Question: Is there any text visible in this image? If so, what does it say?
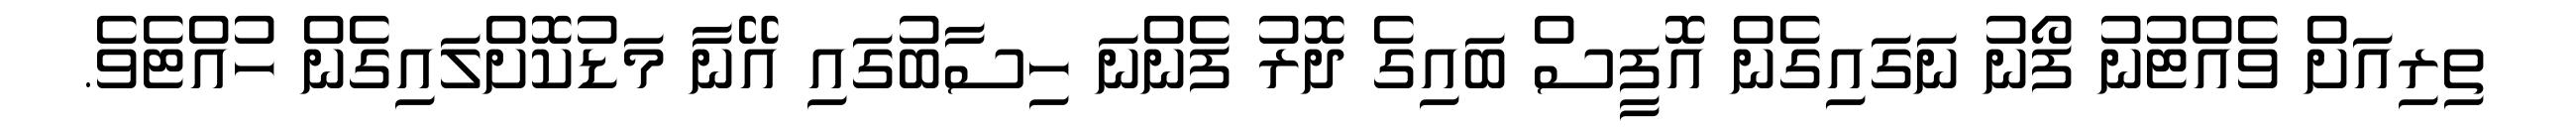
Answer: ތިރިއަށް ވެއްޓުނު ފޯނު ނަގައިގެން އޮފީސް ބައިގެ ދޮރު ފެންނަ ހިސާބުގައި އޭނާ މަޑުކޮށްލައިގެން ހުއްޓެވެ.